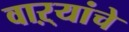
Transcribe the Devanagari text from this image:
वाऱ्यांचे